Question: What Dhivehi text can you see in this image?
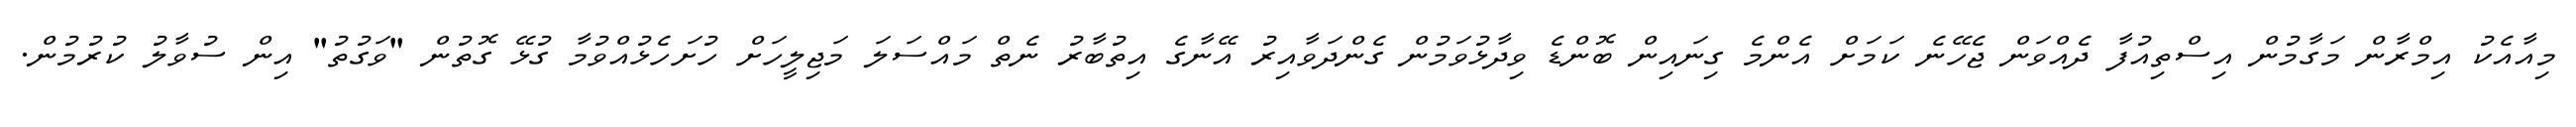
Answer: މިއާއެކު އިމްރާން މަގާމުން އިސްތިއުފާ ދެއްވަން ޖެހޭނެ ކަމަށް އެންމެ ގިނައިން ބޮންޑެ ވިދާޅުވަމުން ގެންދަވާއިރު އޭނާގެ އިތުބާރު ނެތް މައްސަލަ މަޖިލީހަށް ހުށަހެޅުއްވުމާ ގުޅޭ ގޮތުން "ވަގުތު" އިން ސުވާލު ކުރުމުން.